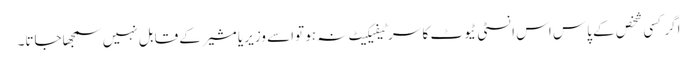
اگر کسی شخص کے پاس اس انسٹی ٹیوٹ کا سرٹیفیکیٹ نہ ہو تواسے وزیر یا مشیر کے قابل نہیں سمجھاجاتا۔